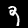
Digit: 9